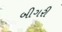
બીગરી